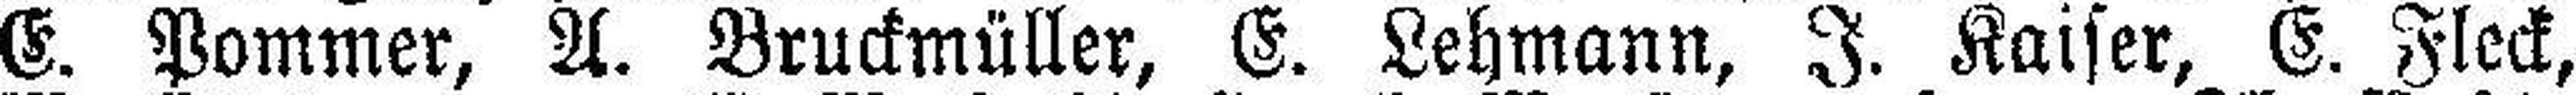
E. Pommer, A. Bruckmüller, E. Lehmann, J. Kaiser, E. Fleck,